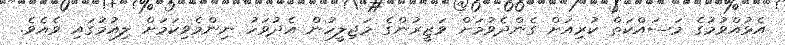
އެޅުއްވުމުގެ މަސައްކަތް ކުރިއަށް ގެންދެވުމަށް ވަޒީރުންގެ މަޖިލީހުން އެދުވަހު ނިންމެވިކަމަށް ލިއުމުގައި ވެއެވެ.